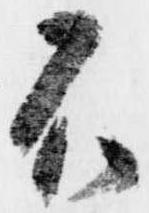
不